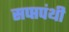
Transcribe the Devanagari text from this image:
सप्प्तपंथी